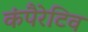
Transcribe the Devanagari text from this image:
कंपैरेटिव